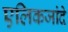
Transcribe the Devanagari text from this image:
एलिकजांदे